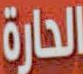
الحارة